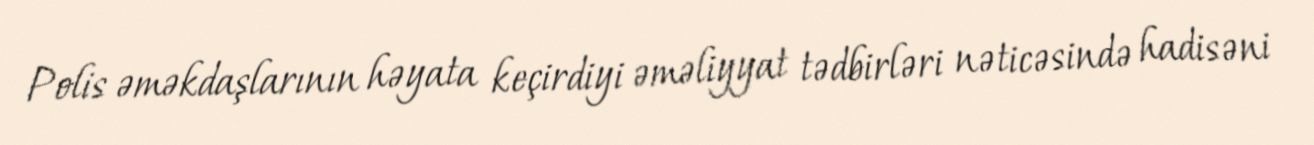
Polis əməkdaşlarının həyata keçirdiyi əməliyyat tədbirləri nəticəsində hadisəni